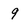
Character: 9